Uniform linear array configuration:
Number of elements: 16
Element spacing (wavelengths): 0.5
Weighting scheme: blackman
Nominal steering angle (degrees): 0
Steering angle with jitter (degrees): -1.725
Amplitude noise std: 0.05
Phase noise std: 0.05

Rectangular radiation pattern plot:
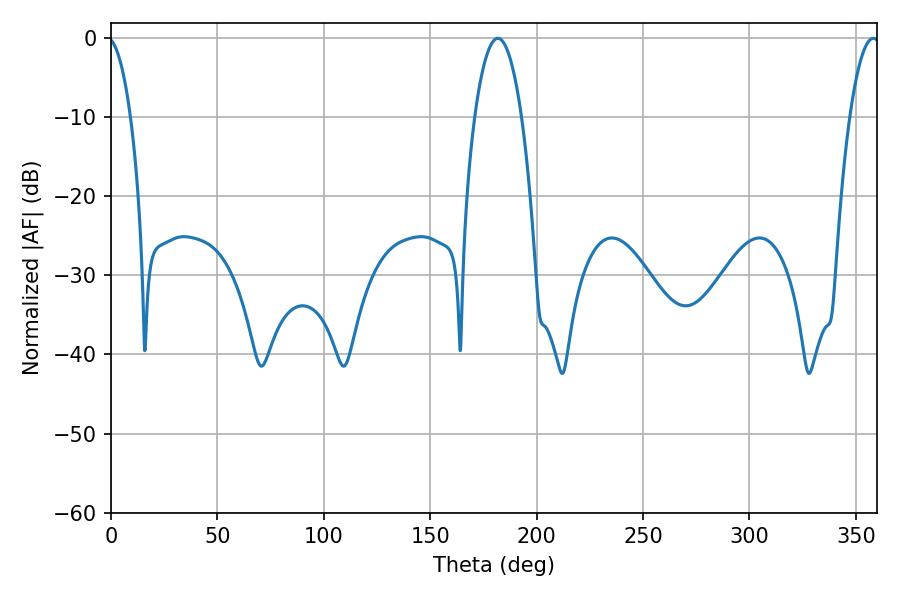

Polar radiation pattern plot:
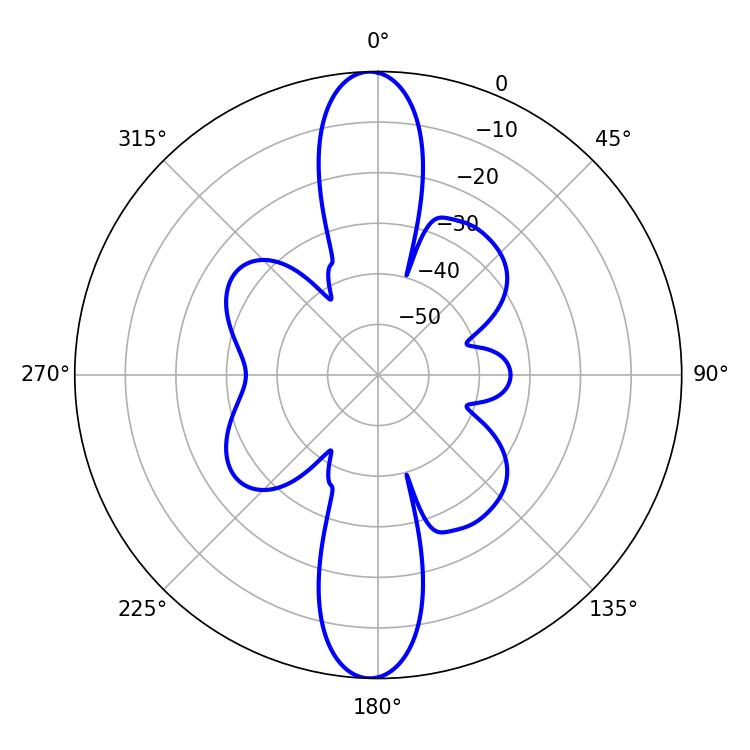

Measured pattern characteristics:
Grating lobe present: FALSE
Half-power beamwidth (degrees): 12.24
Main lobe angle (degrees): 181.8